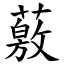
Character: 薂